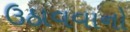
ઉઠાવવાનો